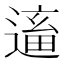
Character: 𨕢